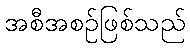
အစီအစဉ်ဖြစ်သည်